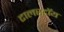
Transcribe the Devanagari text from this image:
टालस्टॉय